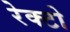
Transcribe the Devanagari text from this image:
रेक्टो